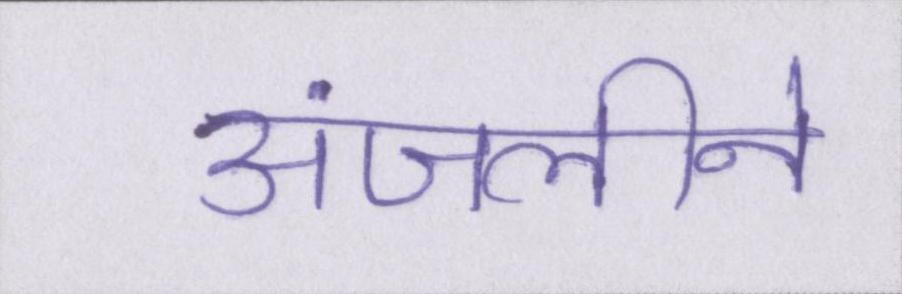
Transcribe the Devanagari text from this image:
अंजलीने